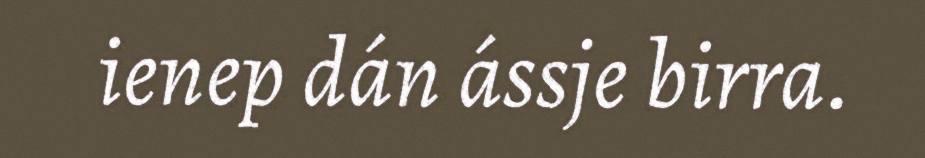
ienep dán ássje birra.